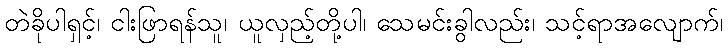
တဲခိုပါရှင့်၊ ငါးဖြာရန်သူ၊ ယူလှည့်တို့ပါ၊ သေမင်းခွါလည်း၊ သင့်ရာအလျောက်၊